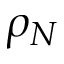
\rho _ { N }